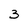
Character: 3